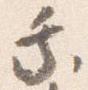
乗